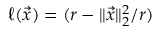
\ell ( \vec { x } ) = ( r - \| \vec { x } \| _ { 2 } ^ { 2 } / r )